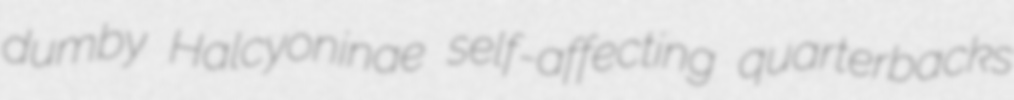
dumby Halcyoninae self-affecting quarterbacks